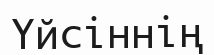
Үйсіннің